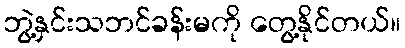
ဘွဲ့နှင်းသဘင်ခန်းမကို တွေ့နိုင်တယ်။